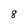
Character: 8